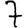
Digit: 7